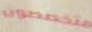
متخصصون